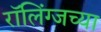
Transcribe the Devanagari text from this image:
रॉलिंग्जच्या